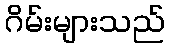
ဂိမ်းများသည်